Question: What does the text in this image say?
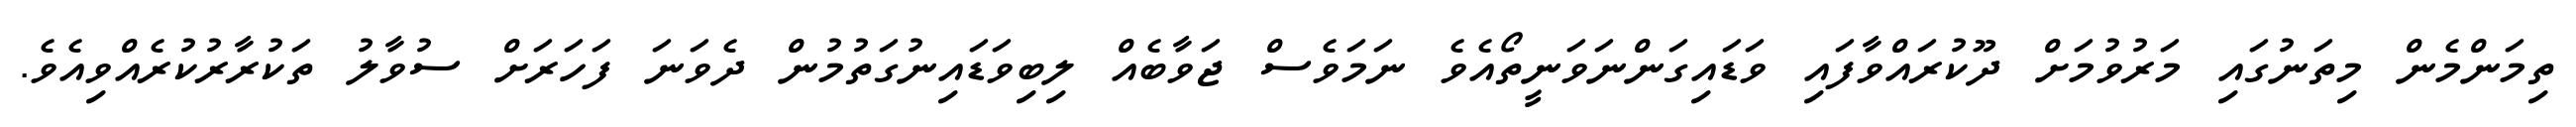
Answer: ތިމަންމެން މިތަނުގައި މަރުވުމަށް ދޫކުރައްވާފައި ވަޑައިގަންނަވަނީތޯއެވެ ނަމަވެސް ޖަވާބެއް ލިބިވަޑައިނުގަތުމުން ދެވަނަ ފަހަރަށް ސުވާލު ތަކުރާރުކުރެއްވިއެވެ.